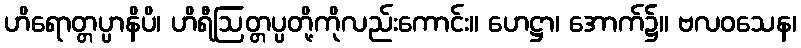
ဟိရောတ္တပ္ပာနိပိ၊ ဟိရီဩတ္တပ္ပတို့ကိုလည်းကောင်း။ ဟေဋ္ဌာ၊ အောက်၌။ ဗလဝသေန၊